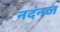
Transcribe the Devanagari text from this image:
नदंनज